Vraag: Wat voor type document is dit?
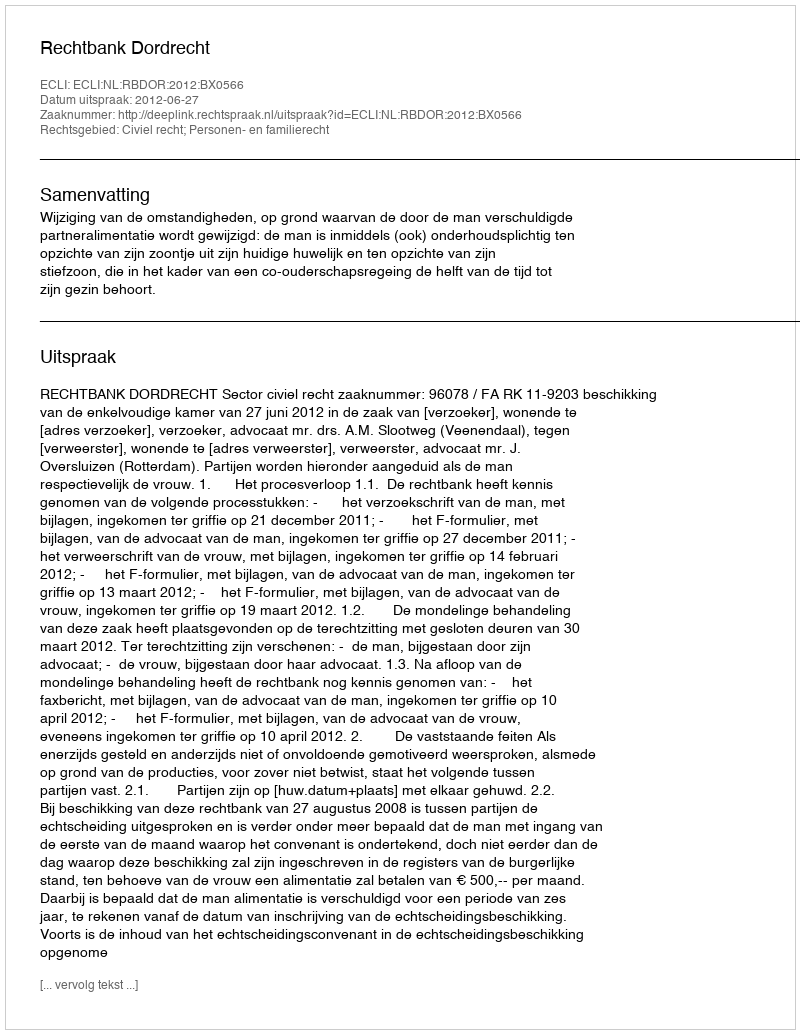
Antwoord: Uitspraak